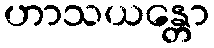
ဟာသယန္တော